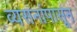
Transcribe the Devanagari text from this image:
व्यसनांपासून